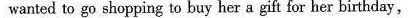
wanted to go shopping to buy her a gift for her birthday,